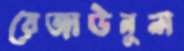
রেজাউনুল